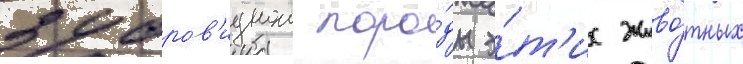
зубров'иднои поро́ды э́т'их живо́тных